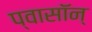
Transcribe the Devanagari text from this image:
प्वासॉन्‌